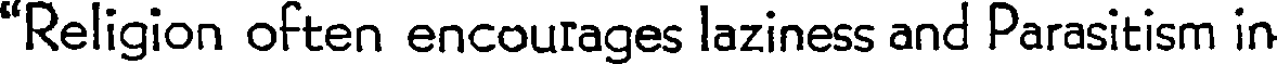
"Religion often encourages laziness and Parasitism in